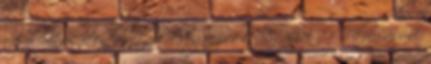
fogalmának jelentését pl. Aiginger 1998, 2006 . 4 Felfogásunk